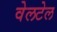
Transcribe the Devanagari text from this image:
वेलटेल